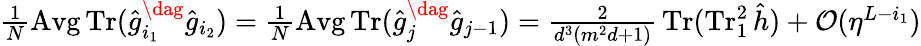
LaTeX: \textstyle\frac{1}{N}\operatorname{Avg}\operatorname{Tr}(\hat{g}_{i_{1}}^{\dag}\hat{g}_{i_{2}})=\frac{1}{N}\operatorname{Avg}\operatorname{Tr}(\hat{g}_{j}^{\dag}\hat{g}_{j-1})=\frac{2}{d^{3}(m^{2}d+1)}\, \operatorname{Tr}(\operatorname{Tr}_{1}^{2}\hat{h})+\mathcal{O}(\eta^{L-i_{1}})